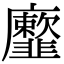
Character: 𩐕